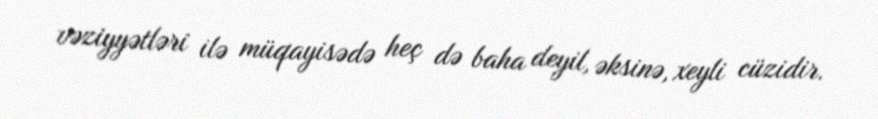
vəziyyətləri ilə müqayisədə heç də baha deyil, əksinə, xeyli cüzidir.